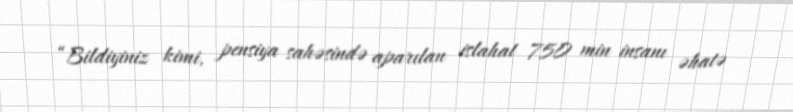
“Bildiyiniz kimi, pensiya sahəsində aparılan islahat 750 min insanı əhatə